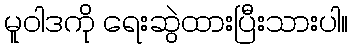
မူဝါဒကို ရေးဆွဲထားပြီးသားပါ။